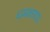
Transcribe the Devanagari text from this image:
धमकाया।